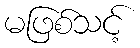
မဖြစ်သင့်